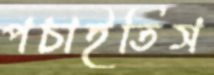
পচাইতিস